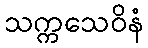
သက္ကသေဝိနံ